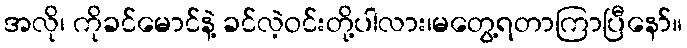
အလို၊ ကိုခင်မောင်နဲ့ ခင်လဲ့ဝင်းတို့ပါလား၊မတွေ့ရတာကြာပြီနော်။